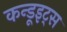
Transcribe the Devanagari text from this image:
कन्डूइट्स